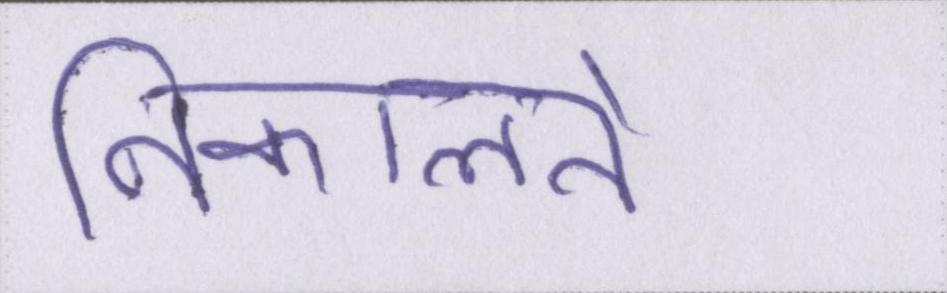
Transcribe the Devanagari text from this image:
निकालते